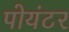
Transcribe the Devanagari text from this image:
पोयंटर